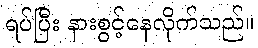
ရပ်ပြီး နားစွင့်နေလိုက်သည်။